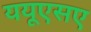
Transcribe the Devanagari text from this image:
ययूएसए